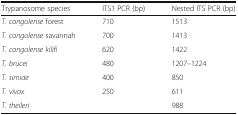
<table><thead><tr><td><b>Trypanosome species</b></td><td><b>ITS1 PCR (bp)</b></td><td><b>Nested ITS PCR (bp)</b></td></tr></thead><tbody><tr><td><i>T. congolense</i> forest</td><td>710</td><td>1513</td></tr><tr><td><i>T. congolense</i> savannah</td><td>700</td><td>1413</td></tr><tr><td><i>T. congolense kilifi</i></td><td>620</td><td>1422</td></tr><tr><td><i>T. brucei</i></td><td>480</td><td>1207–1224</td></tr><tr><td><i>T. simiae</i></td><td>400</td><td>850</td></tr><tr><td><i>T. vivax</i></td><td>250</td><td>611</td></tr><tr><td><i>T. theileri</i></td><td></td><td>988</td></tr></tbody></table>